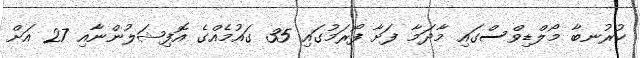
ކުރުނބާ މޯލްޑިވްސްގައި މާދަމާ ފަށާ ފޯރަމުގައި 35 ގައުމެއްގެ އޮފިޝަލުންނާއި 27 އަށް